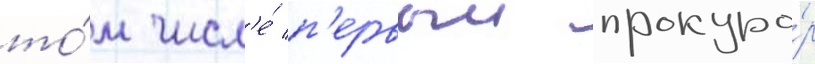
то́м числ'е́ п'ервыи прокуро́р